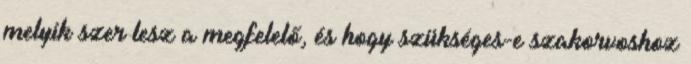
melyik szer lesz a megfelelő, és hogy szükséges-e szakorvoshoz